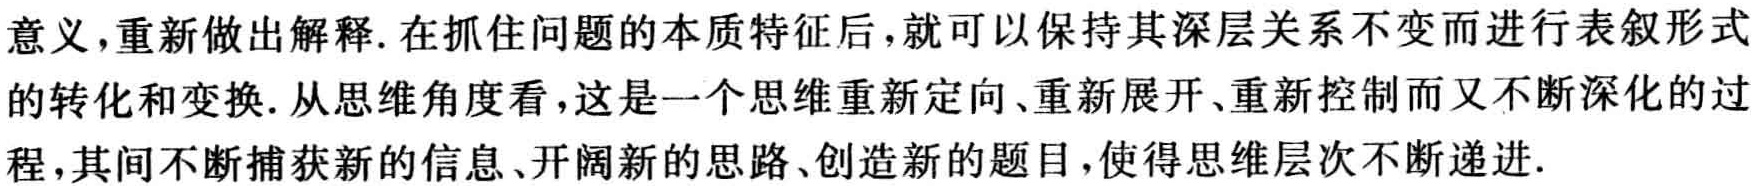
意义，重新做出解释. 在抓住问题的本质特征后，就可以保持其深层关系不变而进行表叙形式的转化和变换. 从思维角度看，这是一个思维重新定向、重新展开、重新控制而又不断深化的过程，其间不断捕获新的信息、开阔新的思路、创造新的题目，使得思维层次不断递进.